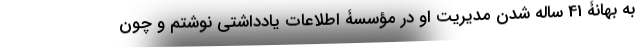
به بهانۀ 41 ساله شدن مدیریت او در مؤسسۀ اطلاعات یادداشتی نوشتم و چون